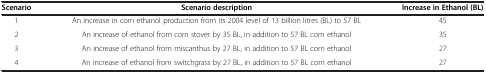
| Scenario | Scenario description | Increase in Ethanol (BL) |
 | --- | --- | --- |
 | 1 | An increase in corn ethanol production from its 2004 level of 13 billion litres (BL) to 57 BL | 45 |
 | 2 | An increase of ethanol from corn stover by 35 BL, in addition to 57 BL corn ethanol | 35 |
 | 3 | An increase of ethanol from miscanthus by 27 BL, in addition to 57 BL corn ethanol | 27 |
 | 4 | An increase of ethanol from switchgrass by 27 BL, in addition to 57 BL corn ethanol | 27 |